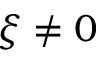
\xi \neq 0